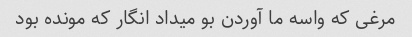
مرغی که واسه ما آوردن بو میداد انگار که مونده بود